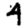
Digit: 4